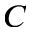
C